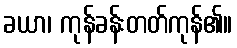
ခယာ၊ ကုန်ခန်းတတ်ကုန်၏။